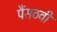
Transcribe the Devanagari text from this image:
पैंसठवीं